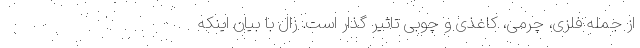
از جمله فلزی، چرمی، کاغذی و چوبی تاثیر گذار است. زال با بیان اینکه